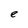
Character: e